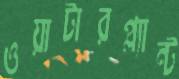
ওয়াটারপ্ল্যান্ট